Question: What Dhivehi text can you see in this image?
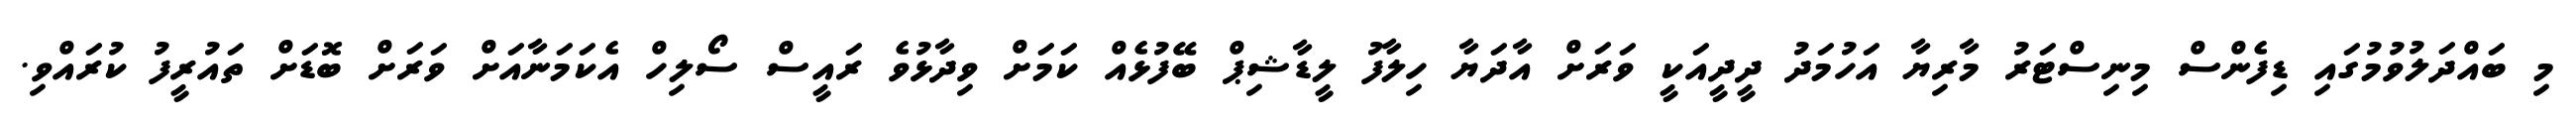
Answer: މި ބައްދަލުވުމުގައި ޑިފެންސް މިނިސްޓަރު މާރިޔާ އަހުމަދު ދީދީއަކީ ވަރަށް އާދަޔާ ހިލާފު ލީޑާޝިޕް ބޭފުޅެއް ކަމަށް ވިދާޅުވެ ރައީސް ސޯލިހް އެކަމަނާއަށް ވަރަށް ބޮޑަށް ތައުރީފު ކުރައްވި.